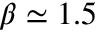
\beta \simeq 1 . 5